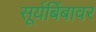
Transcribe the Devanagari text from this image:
सूर्यबिंबावर